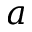
a